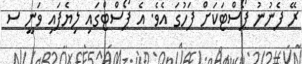
ރޭ ފެނުނު ޕޯސްޓަކަށް ފަހުގަ އެވެ. އެ ޕޯސްޓްގައި ލިޔެފައި ވަނީ ސ